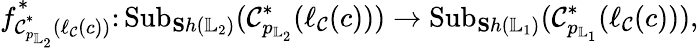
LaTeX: f_{\mathcal{C}_{p_{\mathbb{{L}}_{2}}}^{\ast}(\ell_{\mathcal{{\mathcal{C}}}}(c))}^{\ast}\colon\mathrm{{{Sub}}}_{{\mathbf{S}h}(\mathbb{{L}}_{2})}(\mathcal{C}_{p_{\mathbb{{L}}_{2}}}^{\ast}(\ell_{\mathcal{{\mathcal{C}}}}(c)))\rightarrow{\mathrm{{Sub}}}_{{\mathbf{S}h}({\mathbb{{L}}_{1}})}(\mathcal{C}_{p_{\mathbb{{L}}_{1}}}^{\ast}(\ell_{\mathcal{{\mathcal{C}}}}(c))),